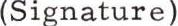
(Signature)